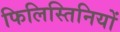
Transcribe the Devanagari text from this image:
फिलिस्तिनियों